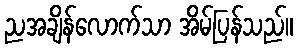
ညအချိန်လောက်သာ အိမ်ပြန်သည်။